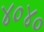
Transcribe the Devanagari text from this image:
४०४०